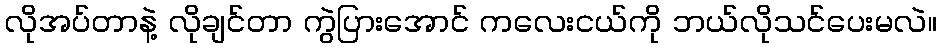
လိုအပ်တာနဲ့ လိုချင်တာ ကွဲပြားအောင် ကလေးငယ်ကို ဘယ်လိုသင်ပေးမလဲ။